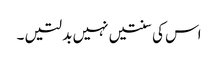
اس کی سنتیں نہیں بدلتیں ۔